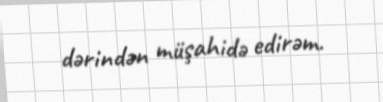
dərindən müşahidə edirəm.